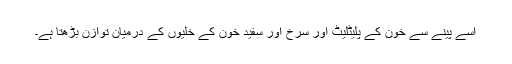
اسے پینے سے خون کے پلیٹلیٹ اور سرخ اور سفید خون کے خلیوں کے درمیان توازن بڑھتا ہے۔